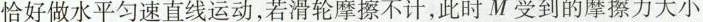
恰好做水平匀速直线运动，若滑轮摩擦不计，此时M受到的摩擦力大小